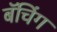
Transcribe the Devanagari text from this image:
बॅचिंग